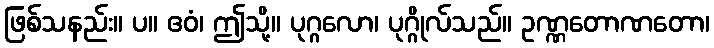
ဖြစ်သနည်း။ ပ။ ဧဝံ၊ ဤသို့။ ပုဂ္ဂလော၊ ပုဂ္ဂိုလ်သည်။ ဥဏ္ဏတောဏတော၊